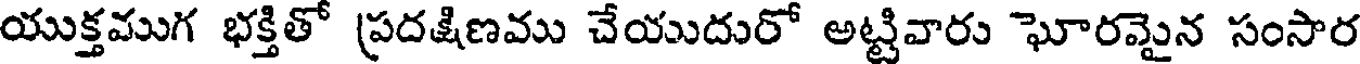
యుక్తముగ భక్తితో ప్రదక్షిణము చేయుదురో అట్టివారు ఘోరమైన సంసార